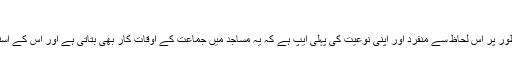
جماعت ٹائمنگز
ویسے تو انٹرنیٹ پر کئی اسلامک ایپس دستیاب ہیں، لیکن یہ ایپ خاص طور پر اس لحاظ سے منفرد اور اپنی نوعیت کی پہلی ایپ ہے کہ یہ مساجد میں جماعت کے اوقات کار بھی بتاتی ہے اور اس کے استعمال سے کوئی بھی شخص باجماعت نماز سے محروم نہیں رہ سکے گا۔